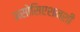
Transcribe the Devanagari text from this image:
असोसिएशनशी